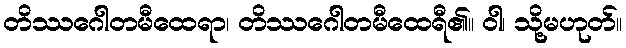
တိဿဂေါတမီထေရာ၊ တိဿဂေါတမီထေရီ၏။ ဝါ၊ သို့မဟုတ်။